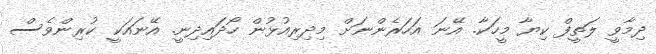
ދިމާވީ ލަތީފް ކިޔާ މީހަކާ. އޭނަ އަހަރެންނަށް މިދިރިއުޅުން ހޯދައިދިނީ. އޭނައަކީ ކުރިންވެސް